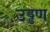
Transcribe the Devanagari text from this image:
उड्डण